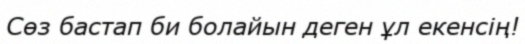
Сөз бастап би болайын деген ұл екенсің!